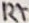
Text: R7